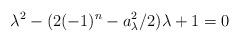
LaTeX: \begin{align*}\lambda^2-(2(-1)^n-a_\lambda^2/2)\lambda+1=0\end{align*}